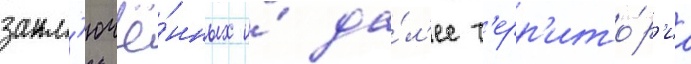
закл'ючё́нных и́ да́л'ее т'ерр'ито́р'иа